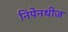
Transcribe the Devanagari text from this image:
निपेनथीज